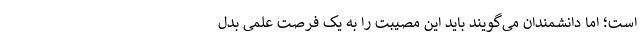
است؛ اما دانشمندان می‌گویند باید این مصیبت را به یک فرصت علمی بدل